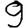
Digit: 9